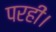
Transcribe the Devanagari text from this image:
परहीं।